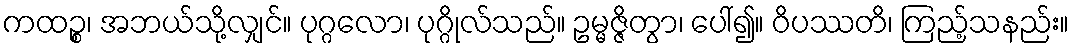
ကထဉ္စ၊ အဘယ်သို့လျှင်။ ပုဂ္ဂလော၊ ပုဂ္ဂိုလ်သည်။ ဥမ္မဇ္ဇိတွာ၊ ပေါ်၍။ ဝိပဿတိ၊ ကြည့်သနည်း။